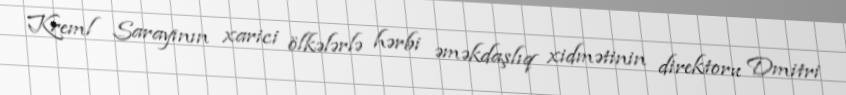
Kreml Sarayının xarici ölkələrlə hərbi əməkdaşlıq xidmətinin direktoru Dmitri